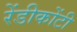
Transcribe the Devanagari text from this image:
रेंडीकोंटी